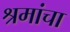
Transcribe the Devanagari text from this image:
श्रमांचा